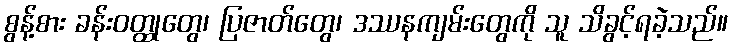
စွန့်စား ခန်းဝတ္ထုတွေ၊ ပြဇာတ်တွေ၊ ဒဿနကျမ်းတွေကို သူ သိခွင့်ရခဲ့သည်။